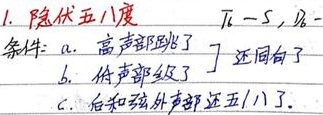
1. 隐伏五八度 \(T_{6}-S_{4}\)，\(D_{6}-\)条件：
a. 高声部跳了还同向了
b. 低声部级了还同向了
c. 后和弦外声部还五/八了。